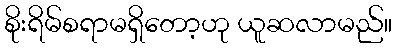
စိုးရိမ်စရာမရှိတော့ဟု ယူဆလာမည်။